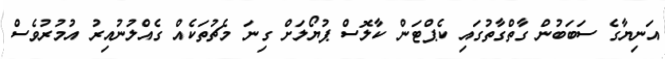
އަނިޔާގެ ސަބަބުން ގާތްގާތުގައި ކެޕްޓަން ކާލޮސް ޕުޔޯލަށް ގިނަ މެޗުތަކެއް ގެއްލުނުއިރު އުމުރުވެސް